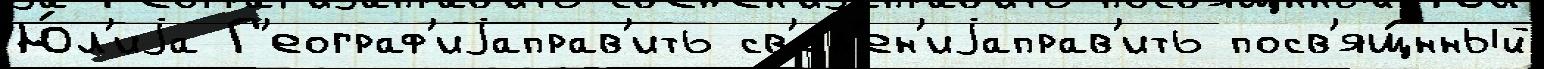
Ю́л'иjа Г'еограф'иjаправ'ить св'ед'ен'иjаправ'ить посв'ящ́нный